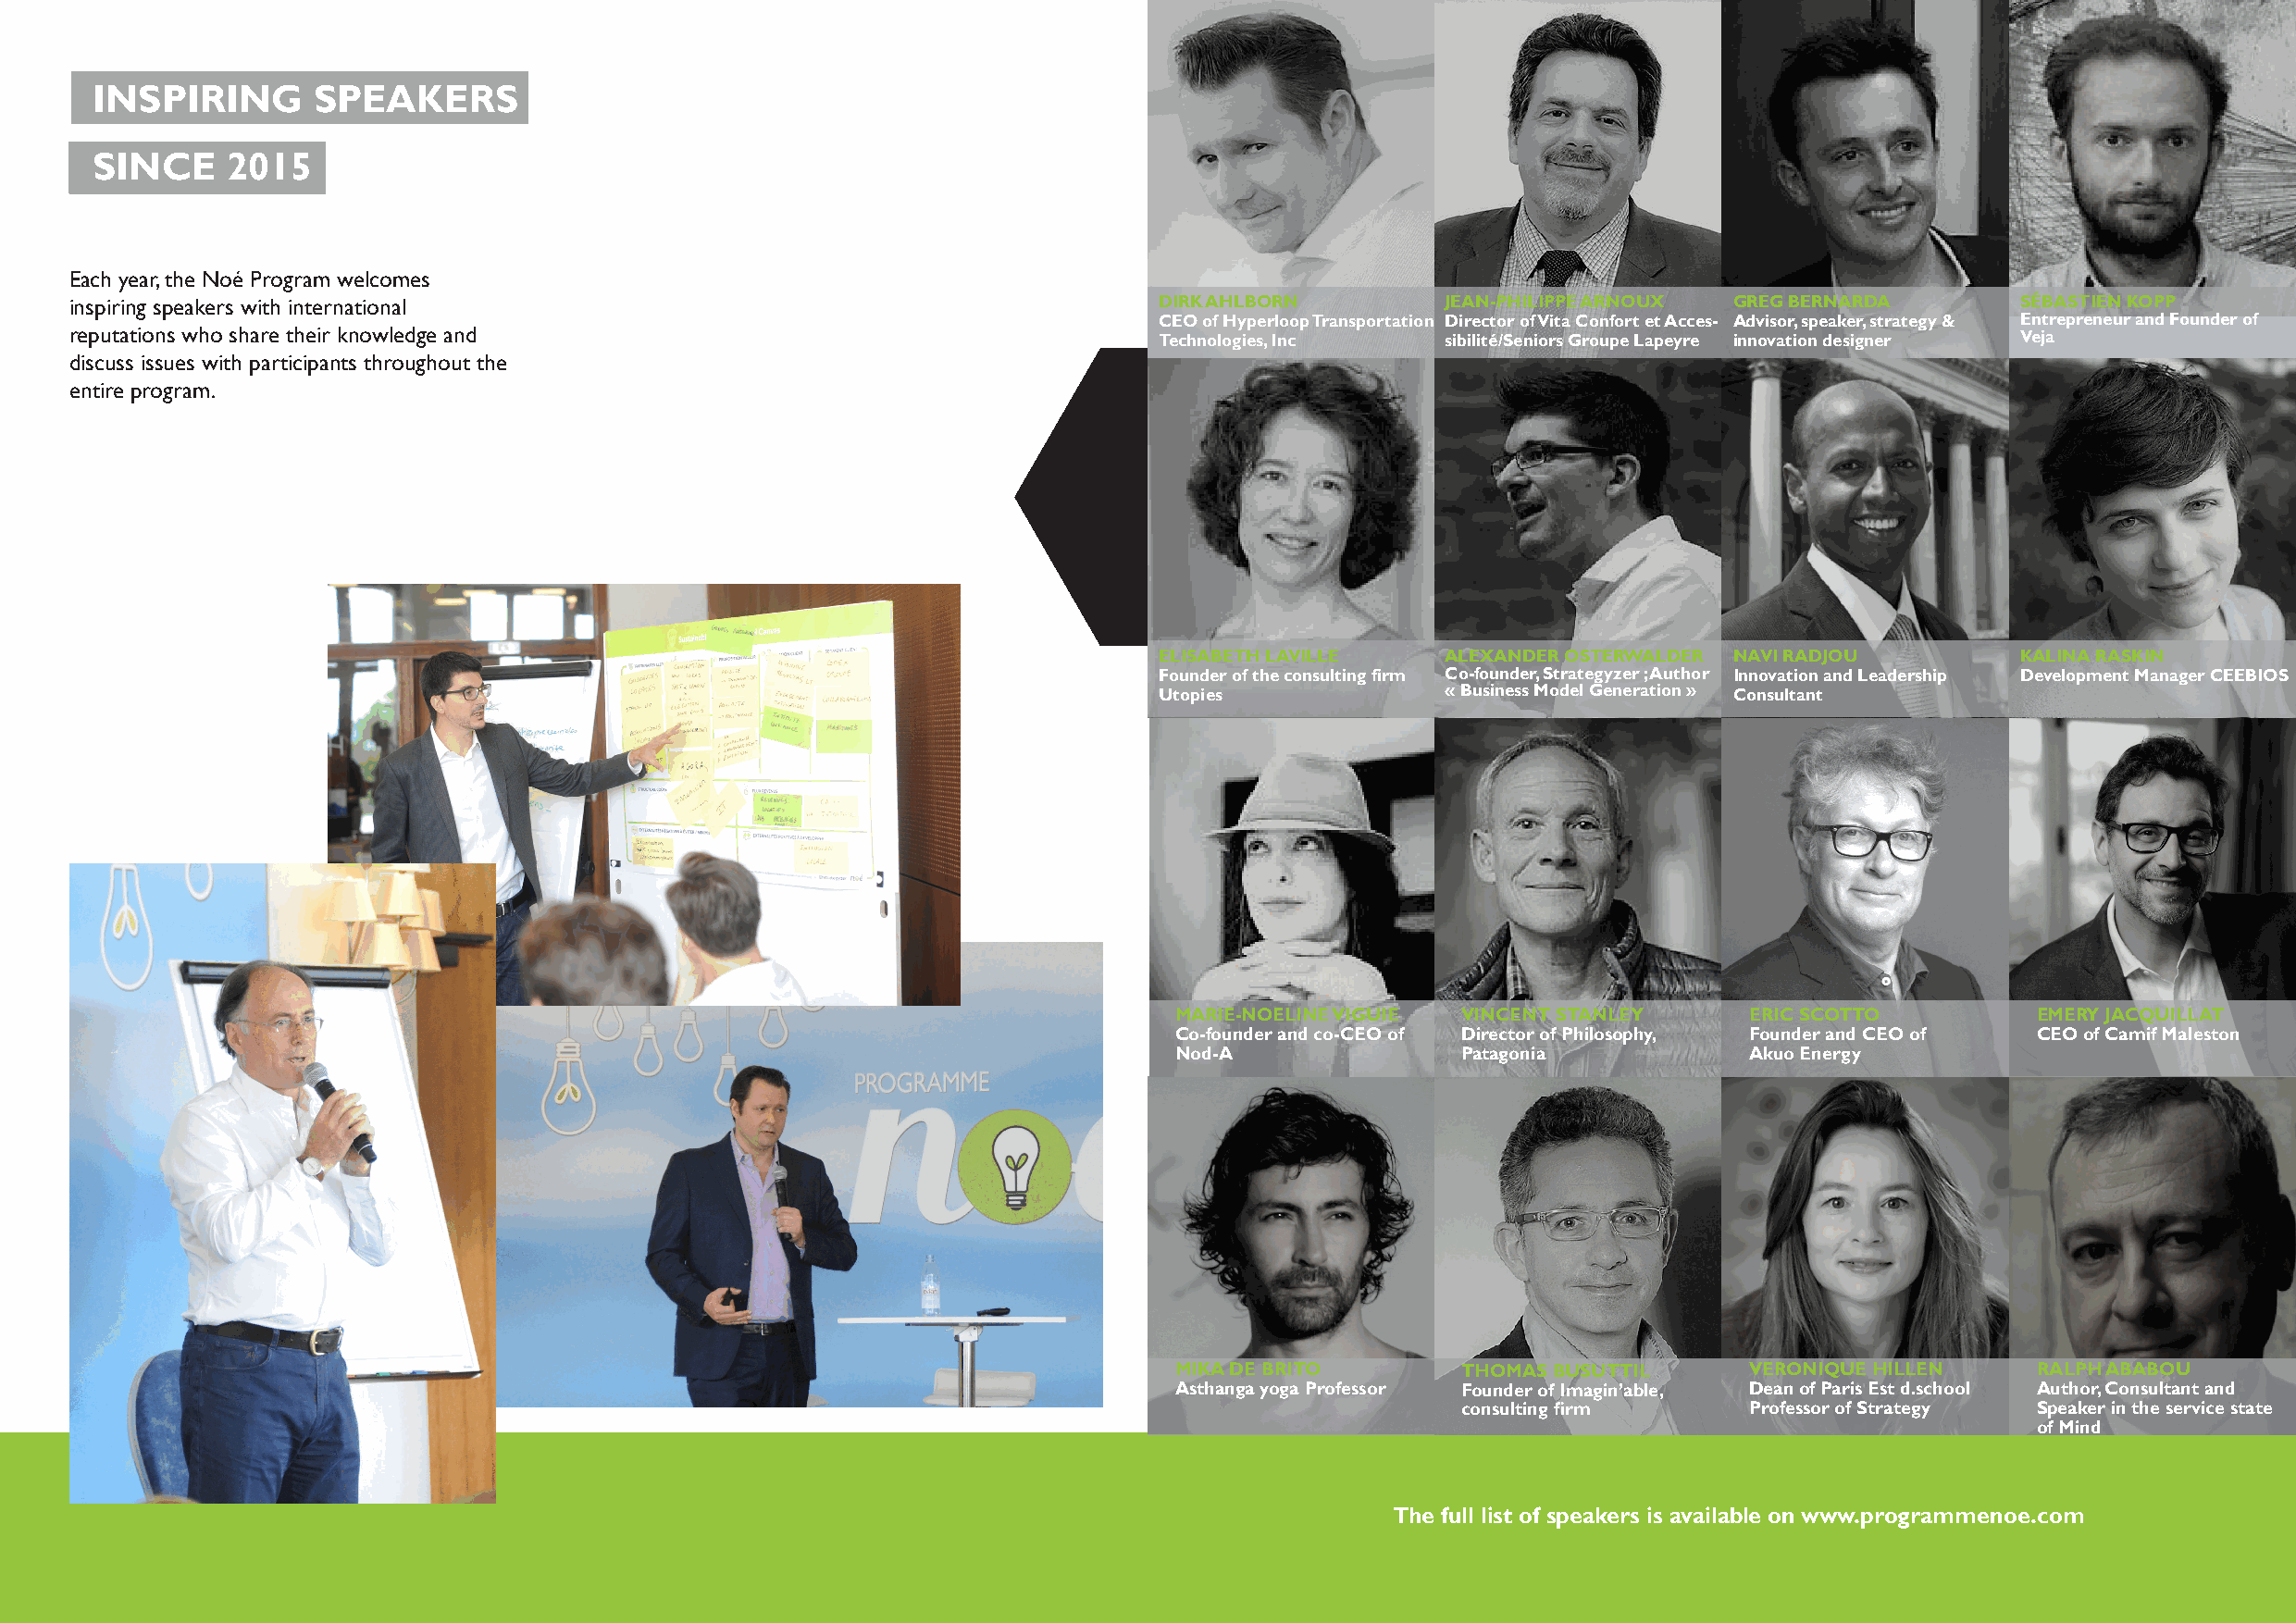
INSPIRING      SPEAKERS
 SINCE    2015
 Each year, the Noé Program welcomes
 inspiring speakers with international                                         DIRK AHLBORN        JEAN-PHILIPPE ARNOUX GREG BERNARDA        SÉBASTIEN KOPP
 CEO of Hyperloop Transportation Director of Vita Confort et Acces- Advisor, speaker, strategy & Entrepreneur and Founder of
 reputations who share their knowledge and                                     Technologies, Inc   sibilité/Seniors Groupe Lapeyre innovation designer Veja
 discuss issues with participants throughout the
 entire program.
 ELISABETH LAVILLE   ALEXANDER OSTERWALDER NAVI RADJOU         KALINA RASKIN
 Founder of the consulting firm Co-founder, Strategyzer ; Author Innovation and Leadership Development Manager CEEBIOS
 Utopies             « Business Model Generation » Consultant
 MARIE-NOELINE VIGUIE VINCENT STANLEY     ERIC SCOTTO          EMERY JACQUILLAT
 Co-founder and co-CEO of Director of Philosophy, Founder and CEO of CEO of Camif Maleston
 Nod-A                Patagonia           Akuo Energy
 MIKA DE BRITO        THOMAS BUSUTTIL     VERONIQUE HILLEN     RALPH ABABOU
 Asthanga yoga Professor Founder of Imagin’able, Dean of Paris Est d.school Author, Consultant and
 consulting firm     Professor of Strategy Speaker in the service state
 of Mind
 The full list of speakers is available on www.programmenoe.com